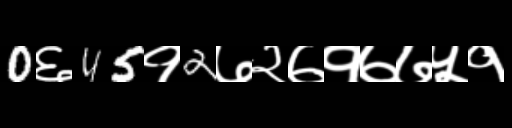
Text: 0६45१2७२७१७७५१